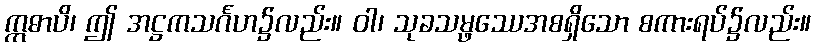
ဣဓာပိ၊ ဤ အဋ္ဌကသင်္ဂဟ၌လည်း။ ဝါ၊ သုခသမ္ဖဿေအစရှိသော စကားရပ်၌လည်း။